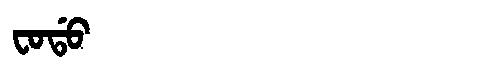
Manchu: ᠸᠣᡩᠣ
Romanization: FODO